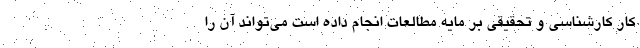
کار کارشناسی و تحقیقی بر مایه مطالعات انجام داده است می‌تواند آن را